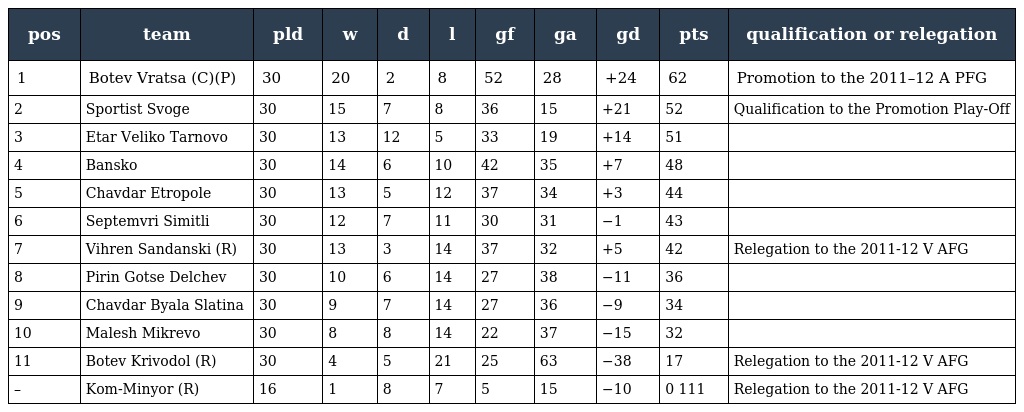
| pos | team | pld | w | d | l | gf | ga | gd | pts | qualification or relegation |
 | --- | --- | --- | --- | --- | --- | --- | --- | --- | --- | --- |
 | 1 | Botev Vratsa (C)(P) | 30 | 20 | 2 | 8 | 52 | 28 | +24 | 62 | Promotion to the 2011–12 A PFG |
 | 2 | Sportist Svoge | 30 | 15 | 7 | 8 | 36 | 15 | +21 | 52 | Qualification to the Promotion Play-Off |
 | 3 | Etar Veliko Tarnovo | 30 | 13 | 12 | 5 | 33 | 19 | +14 | 51 |  |
 | 4 | Bansko | 30 | 14 | 6 | 10 | 42 | 35 | +7 | 48 |  |
 | 5 | Chavdar Etropole | 30 | 13 | 5 | 12 | 37 | 34 | +3 | 44 |  |
 | 6 | Septemvri Simitli | 30 | 12 | 7 | 11 | 30 | 31 | −1 | 43 |  |
 | 7 | Vihren Sandanski (R) | 30 | 13 | 3 | 14 | 37 | 32 | +5 | 42 | Relegation to the 2011-12 V AFG |
 | 8 | Pirin Gotse Delchev | 30 | 10 | 6 | 14 | 27 | 38 | −11 | 36 |  |
 | 9 | Chavdar Byala Slatina | 30 | 9 | 7 | 14 | 27 | 36 | −9 | 34 |  |
 | 10 | Malesh Mikrevo | 30 | 8 | 8 | 14 | 22 | 37 | −15 | 32 |  |
 | 11 | Botev Krivodol (R) | 30 | 4 | 5 | 21 | 25 | 63 | −38 | 17 | Relegation to the 2011-12 V AFG |
 | – | Kom-Minyor (R) | 16 | 1 | 8 | 7 | 5 | 15 | −10 | 0 111 | Relegation to the 2011-12 V AFG |